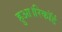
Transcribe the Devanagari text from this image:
हुआ।रिकॉर्ड